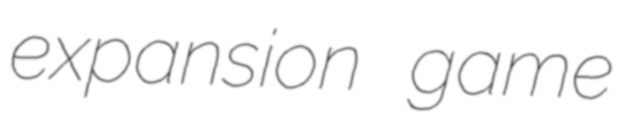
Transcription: expansion game